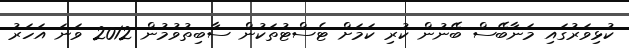
ކުޅިވަރުގައި މަނާބޭސް ބޭނުން ކުރި ކަމަށް ޓެސްޓުތަކުން ސާބިތުވުމުން 2012 ވަނަ އަހަރު